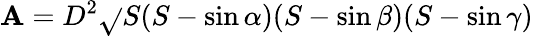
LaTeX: \mathbf{A}=D^{2}{\sqrt{}{{S(S-\sin\alpha)(S-\sin\beta)(S-\sin\gamma)}}}